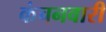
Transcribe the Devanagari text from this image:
कंचनवारी